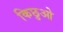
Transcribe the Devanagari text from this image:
किछुओ